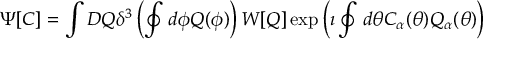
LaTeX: \Psi [ C ] = \int D Q \delta ^ { 3 } \left( \oint d \phi Q ( \phi ) \right) W [ Q ] \exp \left( \imath \oint d \theta C _ { \alpha } ( \theta ) Q _ { \alpha } ( \theta ) \right)